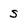
Character: s